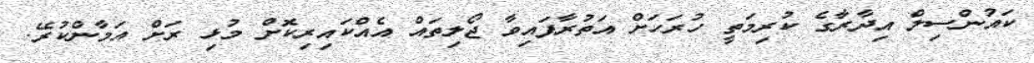
ކައުންސިލް އިދާރާގެ ކުރިމަތީ ހުރަހަށް އަތުރާފައިވާ ޖޯލިތައް އެއްކައިރިކޮށް މުޅި ރަށް އަމާންކުރޭ.